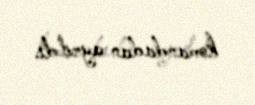
komandadan ayrıldı.